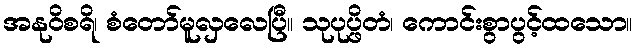
အနုဝိစရိ၊ စံတော်မူလှလေပြီ။ သုပုပ္ဖိတံ၊ ကောင်းစွာပွင့်ထသော။